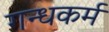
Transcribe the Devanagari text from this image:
गन्धकर्म